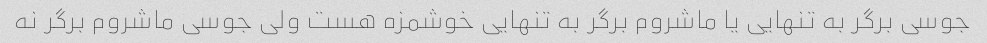
جوسی برگر به تنهایی یا ماشروم برگر به تنهایی خوشمزه هست ولی جوسی ماشروم برگر نه